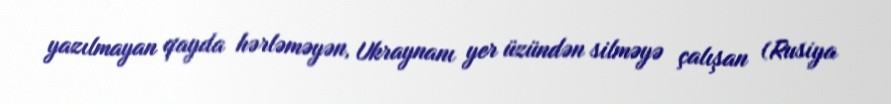
yazılmayan qayda hərləməyən, Ukraynanı yer üzündən silməyə çalışan (Rusiya